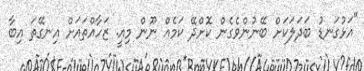
"އަޅުގަނޑު ބަދަލަކަށް ބޭނުންވެގެން ކޮށްދޭ ކަމެއް ނޫން މިއީ. ޒަހާއްތައަށް އިނގޭތަ އިބާ